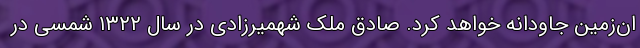
ان‌زمین جاودانه خواهد کرد. صادق ملک شهمیرزادی در سال ۱۳۲۲ شمسی در